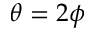
\theta = 2 \phi